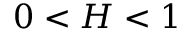
0 < H < 1